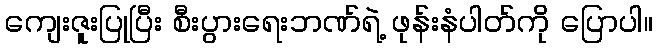
ကျေးဇူးပြုပြီး စီးပွားရေးဘဏ်ရဲ့ ဖုန်းနံပါတ်ကို ပြောပါ။